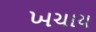
ખચાય